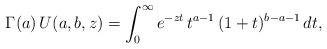
LaTeX: \begin{align*} \Gamma(a)\, U(a,b,z) = \int_0^\infty e^{-z t}\, t^{a-1}\, (1+t)^{b-a-1}\, dt,\end{align*}